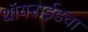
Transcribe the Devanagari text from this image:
थॉयराईडचा